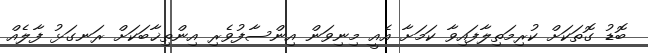
ބޮޑު ގޮތަކަށް ކުރިމަތިލާފައިވާ ކަމަށާ އެއީ މިނިވަން އިންސާފުވެރި އިންތިޚާބަކަށް ރަނގަޅު ފާލެއް